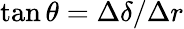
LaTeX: \tan\theta=\Delta\delta/\Delta r